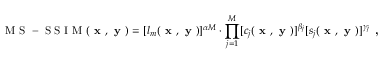
\mathrm { ~ M ~ S ~ - ~ S ~ S ~ I ~ M ~ } ( \textbf { x } , \textbf { y } ) = [ l _ { m } ( \textbf { x } , \textbf { y } ) ] ^ { \alpha M } \cdot \prod _ { j = 1 } ^ { M } [ c _ { j } ( \textbf { x } , \textbf { y } ) ] ^ { \beta _ { j } } [ s _ { j } ( \textbf { x } , \textbf { y } ) ] ^ { \gamma _ { j } } \textbf { , }